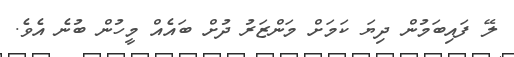
ލޭ ފައިބަމުން ދިޔަ ކަމަށް މަންޒަރު ދުށް ބައެއް މީހުން ބުނެ އެވެ.